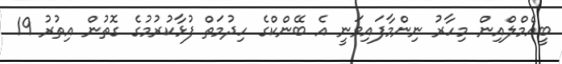
ބީއެމްލްއިން މިހާރު ނިންމާފައިވަނީ އެ ބޭންކްގެ ހިދުމަތް ފުޅާކުރުމުގެ ގޮތުން އިތުރު 19